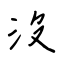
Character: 沒